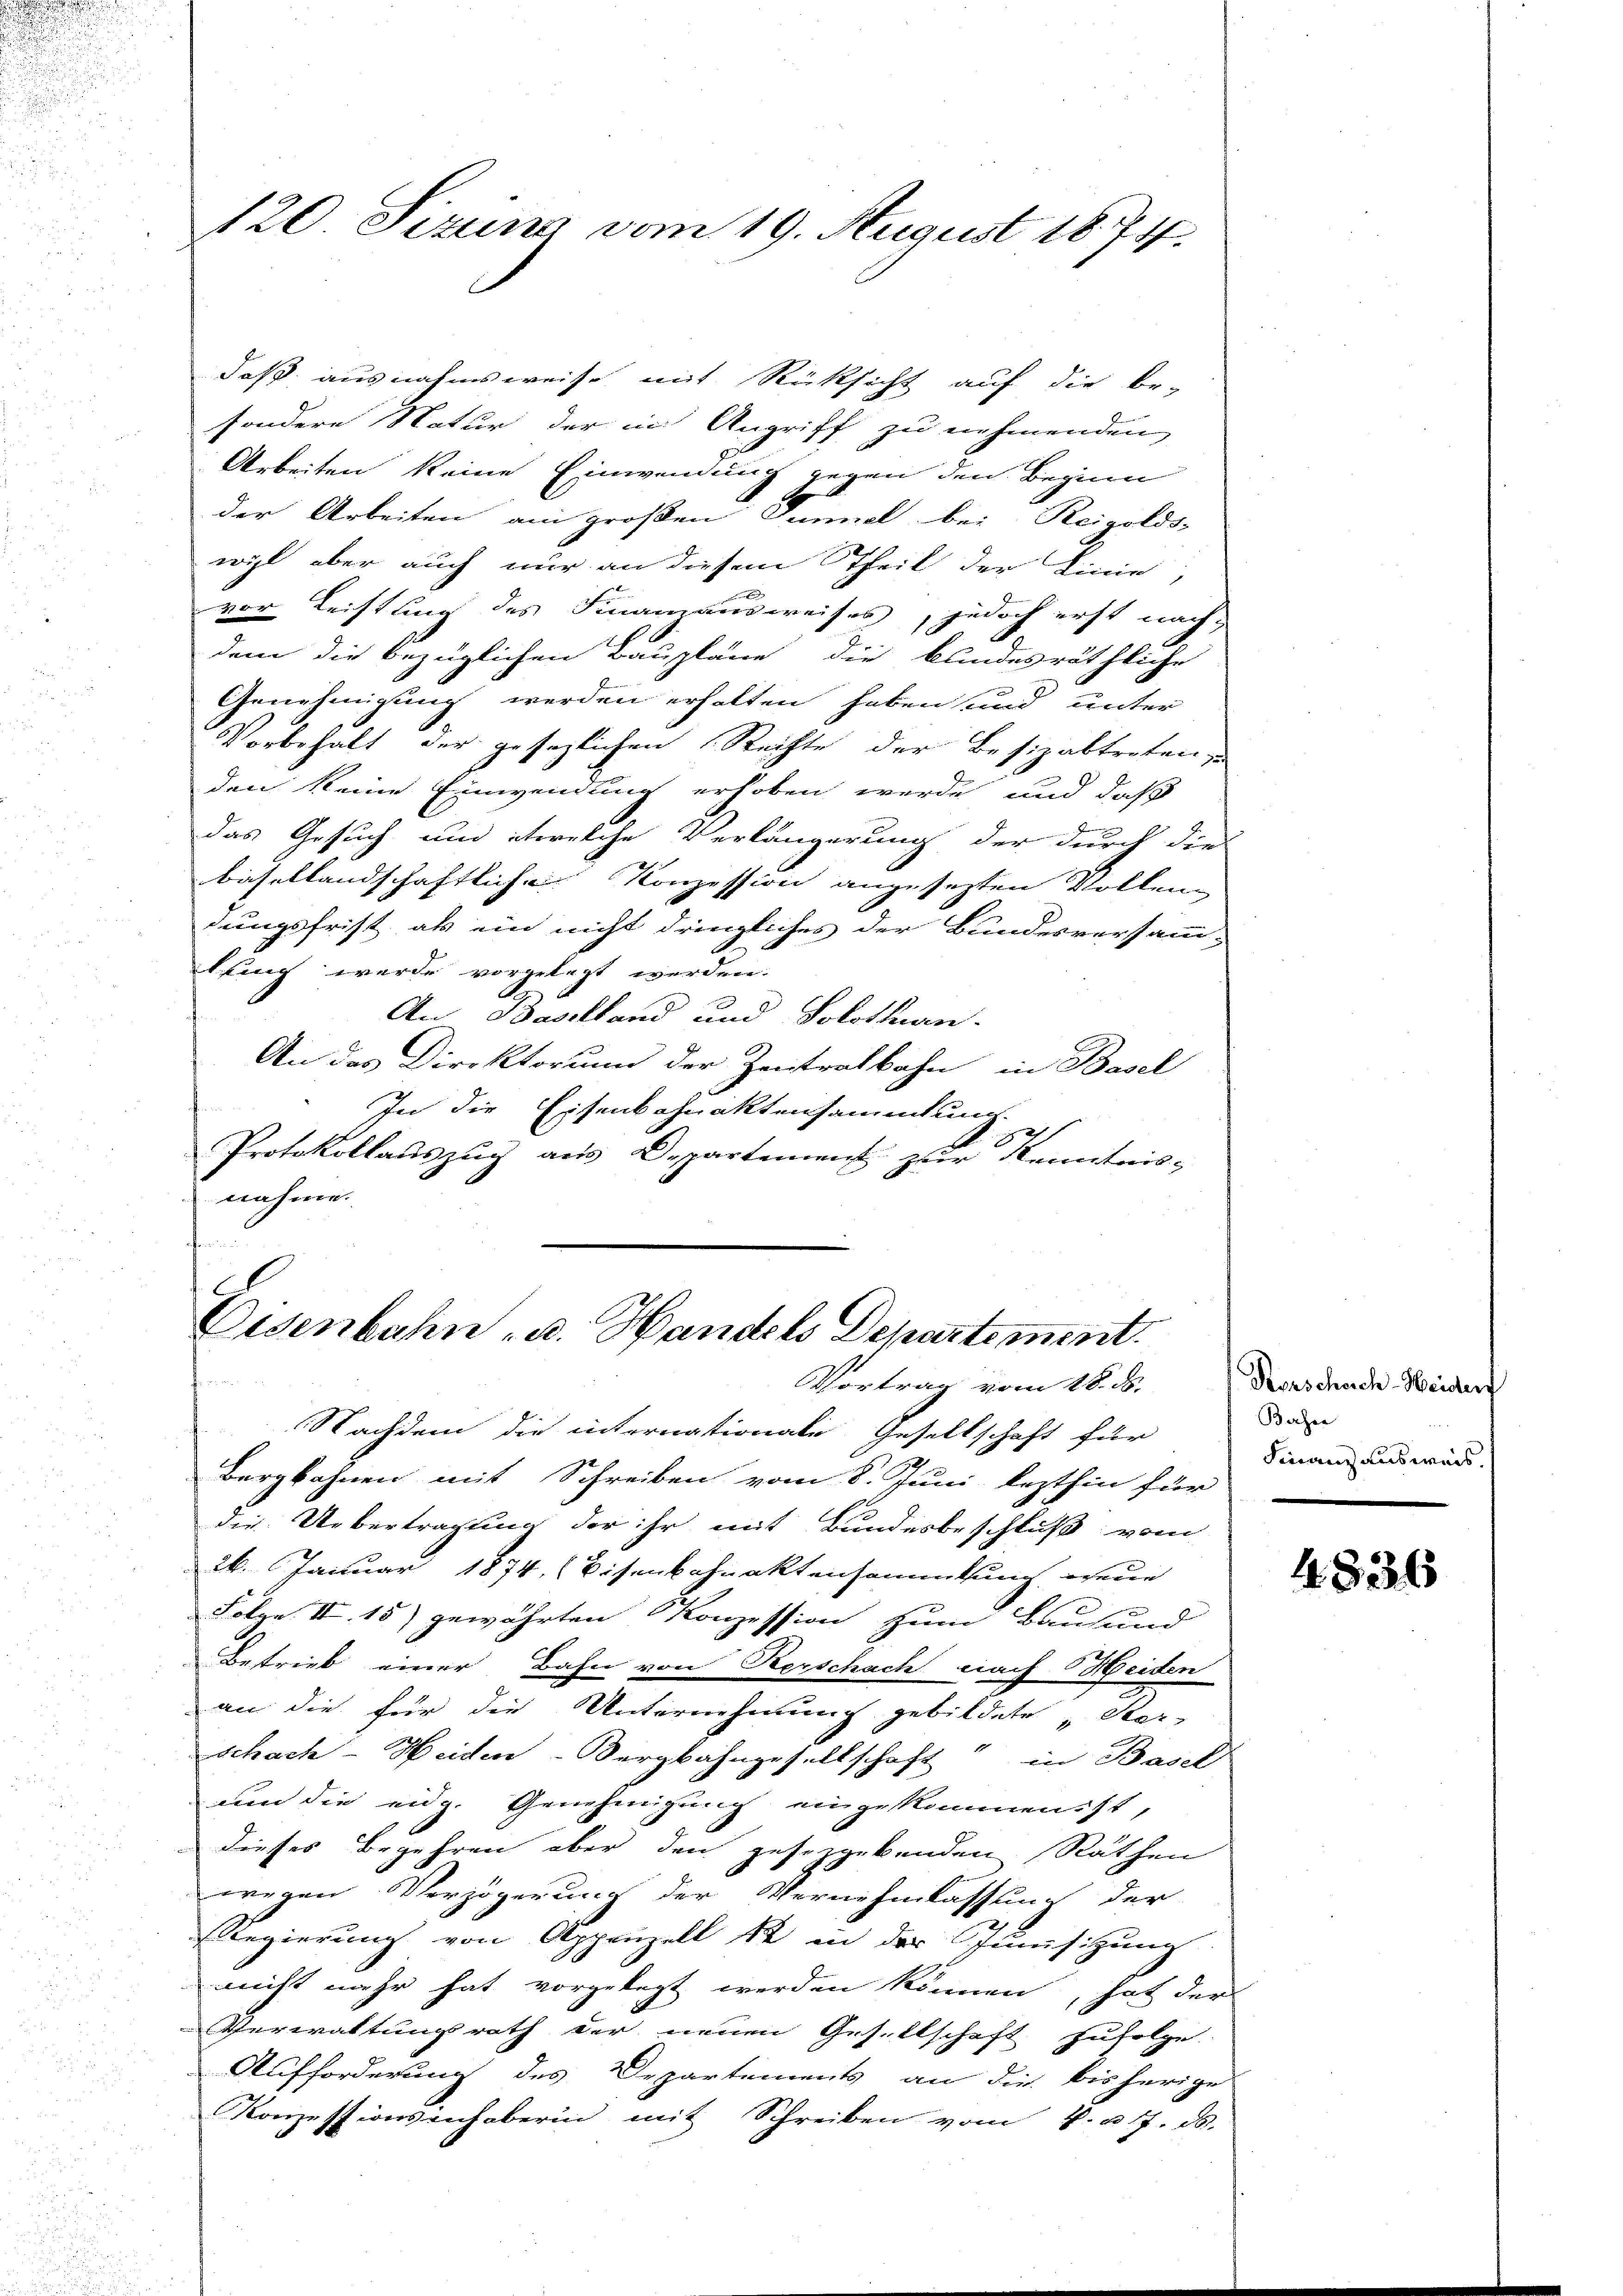
120. Sizung vom 19. August 1874.

daß ausnahmsweise mit Rücksicht auf die be-
sondere Natur der in Angriff zu nehmenden
Arbeiten keine Einwendung gegen den Beginn
der Arbeiten am großen Tunnel bei Reigolds-
wil aber auch nur an diesen Theil der Linie,
vor Leistling des Finanzausweises, jedoch erst nach
dem die bezüglichen Baupläne die blindesräthliche
Genehmigung werden erhalten haben und unter
Vorbehalt der gesezlichen Steifte der Besizabtreten,
den keine Einwendung erhoben werde, und daß
das Gesuch und etwelche Verlängerung der durch die
basellandschaftlichen Konzession angesetzten Vollen
dungsfrist als ein nicht dringliches der Bundesversamm-
klung werde vorgelegt werden.
An Baselland und Solothurn.
An das Direktorum der Zeitralbahn in Basel
In die Eisenbahnaktensammlung.
Protokollauszug aus Departement zur Kenntnis-
nahme.
f

C
Eisenbahn u. Handels Departement.

Vortrag vom 18. ds.
Nachdem die internationale Gesellschaft für
Bergbahnen mit Schreiben vom 8. Juni lezthin für
die Uebertragung der ihr mit Bundesbeschluß vom
26. Januar 1874 (Bisenbahnaktensammtung, wenn
Folge II. 15) gewährten Konzession zum Bausund
Betrieb einer Bahn von Kerschach nach Heiden
an die für die Unternehmung gebildete Ster-
schach-Heiden-Bergbahngesellschaft“ in Basel
um die eidg. Genehmigung eingekommen ist,
dieses Begehren aber den gesezgebenden Räthen
wegen Verzögerung der Vernehmlassung der
Regierung von Appenzell 12 in der Junisizung
nicht mehr hat vorgelegt werden können, hat der
Verwaltungsrath der neuen Gesellschaft zufolge
Aufforderung des Departements an die bisherige
Konzessionsinhaberin mit Schreiben vom 4. u. 17. ds.

Rorscheich-Heiders
Bahre
Finanz ausweis.

4836